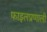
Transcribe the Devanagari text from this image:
फाइलप्रणाली